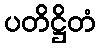
ပတိဋ္ဌိတံ